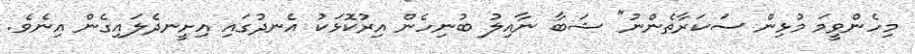
މިހެންވީމަ މުޅިން ސަކަރާތެންނު" ޝަބާ ނާއިލު ބުނިހެން އިރުކޮޅަކު އެނދުގައި އިށީނދެލައިގެން އިނެވެ.